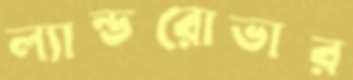
ল্যান্ডরোভার